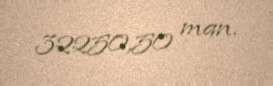
32250,50 man.